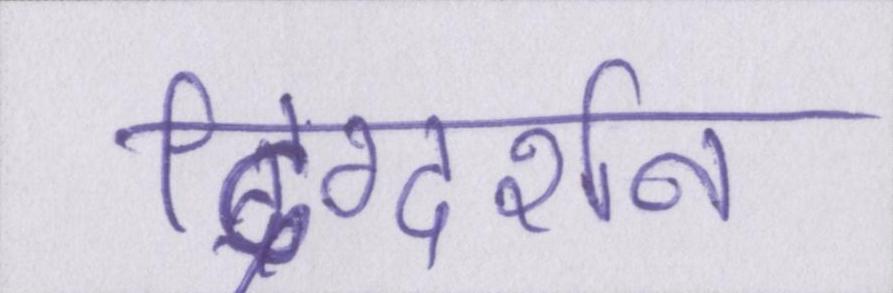
दिग्दर्शन